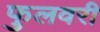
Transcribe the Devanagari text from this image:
फुलवरी